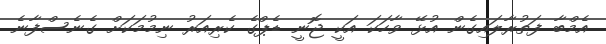
އެމްބާ ފަތުރާލައިގެން އުޅޭ ވާހަކަ އަކީ ޖޮނީ ޑެޕްގެ ކެރިއަރު ނިމުމަކަށް ގެނެސްފާނެ